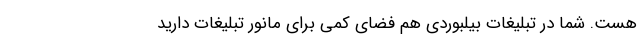
هست. شما در تبلیغات بیلبوردی هم فضای کمی برای مانور تبلیغات دارید